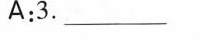
A:3. ___